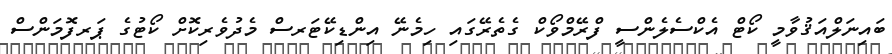
ބައިނަލްއަޤުވާމީ ކޯޓް އެކްސެލެންސީ ފްރޭމްވޯކް ގެތެރޭގައި ހިމެނޭ އިންޑިކޭޓަރސް މެދުވެރިކޮށް ކޯޓުގެ ޕަރފޮމަންސް